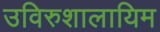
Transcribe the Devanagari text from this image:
उविरुशालायिम